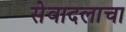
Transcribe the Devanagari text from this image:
सेवादलाचा